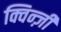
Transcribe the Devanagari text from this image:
क्विन्ज़ी